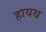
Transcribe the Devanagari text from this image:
हायथ